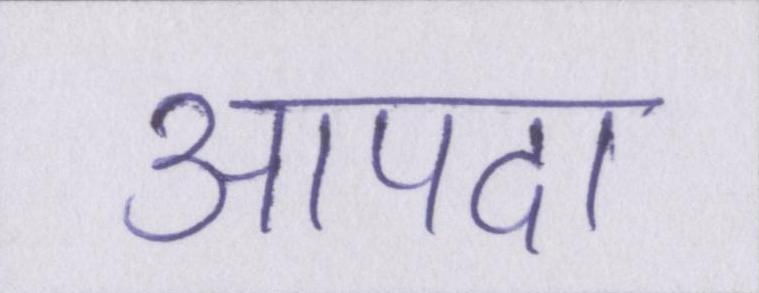
आपदा